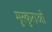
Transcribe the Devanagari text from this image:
मुस्कुराओ